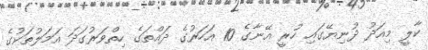
ކާލީ މިއަދު ދުނިޔޭގައި ހުރީ އޭނާގެ 10 އަހަރުގެ ދައްތަގެ ހިތްވަރުގަދަ އަމަލުތަކުގެ